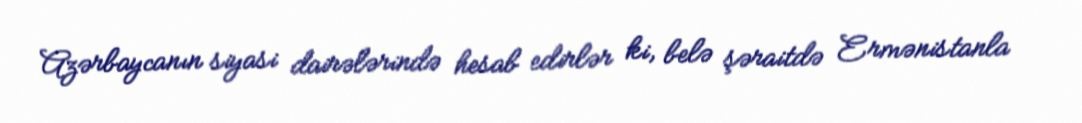
Azərbaycanın siyasi dairələrində hesab edirlər ki, belə şəraitdə Ermənistanla